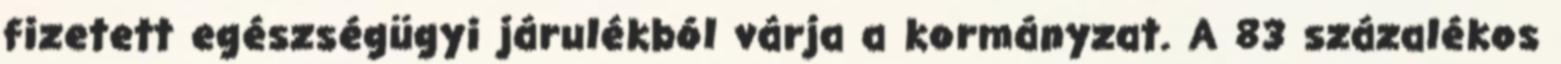
fizetett egészségügyi járulékból várja a kormányzat. A 83 százalékos